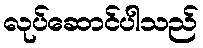
လုပ်ဆောင်ပါသည်